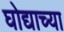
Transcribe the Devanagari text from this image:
घोद्याच्या